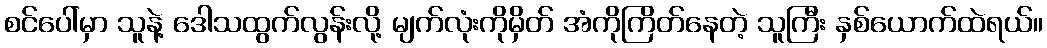
စင်ပေါ်မှာ သူနဲ့ ဒေါသထွက်လွန်းလို့ မျက်လုံးကိုမှိတ် အံကိုကြိတ်နေတဲ့ သူကြီး နှစ်ယောက်ထဲရယ်။